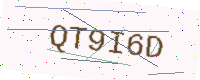
Text: QT9I6D